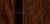
تخصص